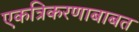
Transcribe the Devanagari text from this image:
एकत्रिकरणाबाबत